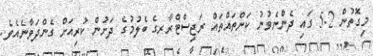
މިގޮތުން 5.2 ގައި ދެންނެވުނު ކަންތައްތައް ރަޖިސްޓްރާރގެ ބެލުމުގެ ދަށުން ކުރިއަށް ގެންދަވާނެއެވެ.